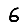
Digit: 6